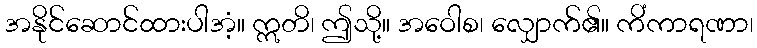
အနိုင်ဆောင်ထားပါအံ့။ ဣတိ၊ ဤသို့။ အဝေါစ၊ လျှောက်၏။ ကိံကာရဏာ၊